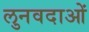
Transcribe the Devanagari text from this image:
लुनवदाओं